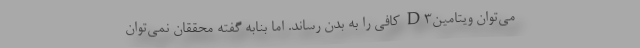
می‌توان ویتامینD۳ کافی را به بدن رساند. اما بنابه گفته محققان نمی‌توان